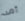
أمه